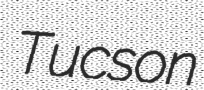
Tucson